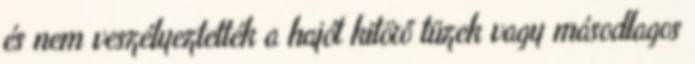
és nem veszélyeztették a hajót kitörő tüzek vagy másodlagos